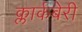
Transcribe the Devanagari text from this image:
क्लार्कबेरी